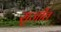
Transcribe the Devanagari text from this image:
सृजीत